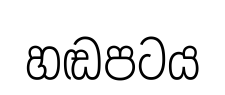
හඬපටය